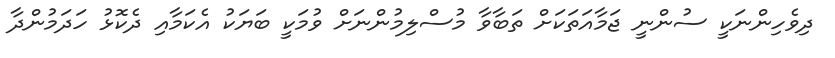
ދިވެހިންނަކީ ސުންނީ ޖަމާއަތަކަށް ތަބާވާ މުސްލިމުންނަށް ވުމަކީ ބަޔަކު އެކަމާއި ދެކޮޅު ހަދަމުންދާ